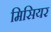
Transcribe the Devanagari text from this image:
मिसियर